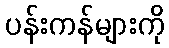
ပန်းကန်များကို